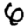
Digit: 6